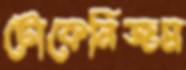
টোকেনিজম